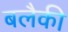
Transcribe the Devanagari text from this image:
बलैकी